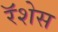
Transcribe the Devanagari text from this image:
रॅशेस